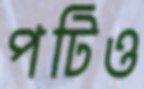
পটিও